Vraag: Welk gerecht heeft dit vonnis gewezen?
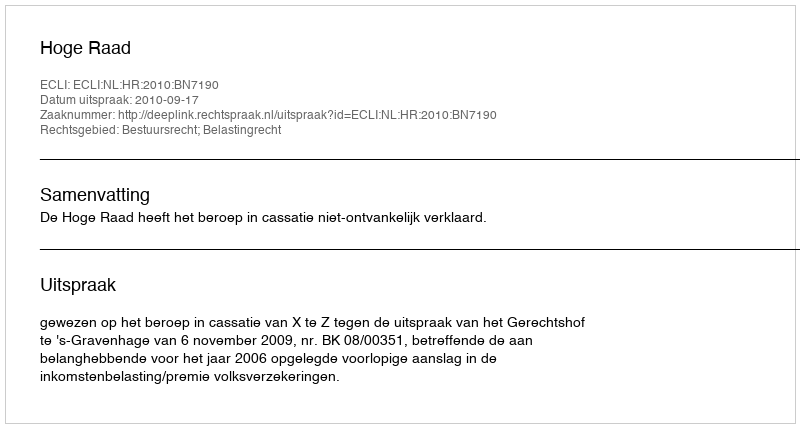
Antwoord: Hoge Raad